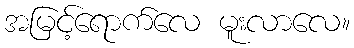
အမြင့်ရောက်လေ မူးလာလေ။